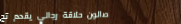
صالون حلاقة رجالي يقدم تج